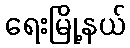
ရေးမြို့နယ်